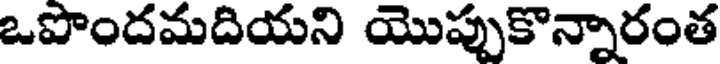
ఒపొందమదియని యొప్పుకొన్నారంత